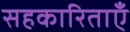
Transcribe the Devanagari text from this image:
सहकारिताएँ